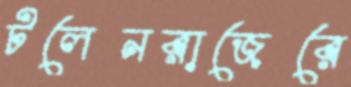
টলেনরাজেরে